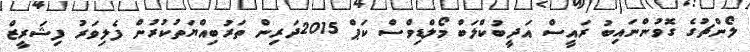
ލޯންޗުގެ ގޮވުންނައިބު ރައީސް އަދީބުކްލަބް މޯލްޑިވްސް ކަޕް 2015ދަރިން ތަރުބިއްޔަތުކުރުން ފެލިވަރު ފިޝަރީޒް